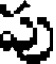
పు